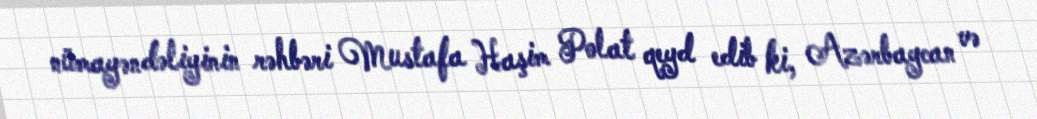
nümayəndəliyinin rəhbəri Mustafa Haşim Polat qeyd edib ki, Azərbaycan və